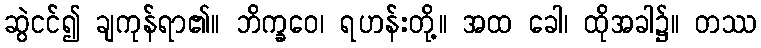
ဆွဲငင်၍ ချကုန်ရာ၏။ ဘိက္ခဝေ၊ ရဟန်းတို့။ အထ ခေါ၊ ထိုအခါ၌။ တဿ